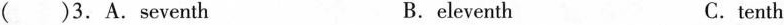
( )3.A.seventh B.eleventh C.tenth